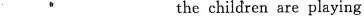
___ ___the children are playing